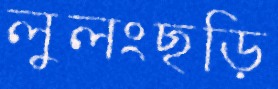
লুলংছড়ি